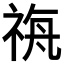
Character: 𮁼